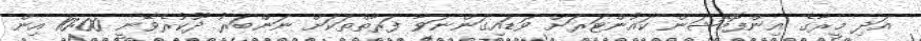
އަދި މީރާގެ އިންފޮމޭޝަން ކައުންޓަރަށް ވަޑައިގަންނަވާ ފަރާތްތަކަށް ނަންބަރު ދޫކުރެވޭނީ 10:00 އިން